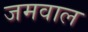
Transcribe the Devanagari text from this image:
जमवाल